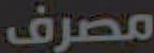
مصرف